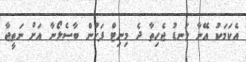
އެކަމަކު އޭނާ ލަނޑު ޖެހިތާ ދެ މިނިޓް ފަހުން ބާސެލޯނާ އަށް ނަތީޖާ